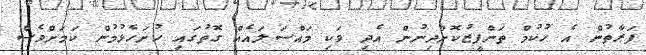
ފަރާތުން އެ ހުކުމް ތަންފީޒުކޮށްދިނުން އެދި ވަކި މައްސަލައެއް ގޮތުގައި ހުށަހެޅުމުން ކަމަށްވެސް